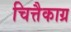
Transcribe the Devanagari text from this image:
चित्तैकाग्र